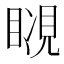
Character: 𧡆